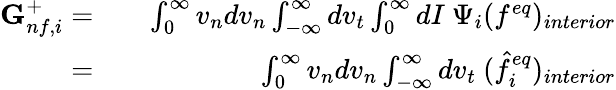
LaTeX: \begin{array}{rlr}{\textbf{G}_{nf,i}^{+}=}&{}&{\int_{0}^{\infty}v_{n}dv_{n}\int_{-\infty}^{\infty}dv_{t}\int_{0}^{\infty}dI\ \Psi_{i}(f^{eq})_{interior}}\\ {=}&{}&{\int_{0}^{\infty}v_{n}dv_{n}\int_{-\infty}^{\infty}dv_{t}\ (\hat{f}_{i}^{eq})_{interior}}\end{array}